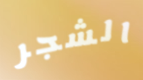
الشجر